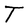
Character: T